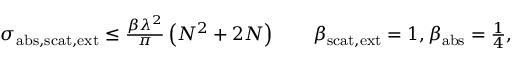
\begin{array} { r } { \sigma _ { \mathrm { a b s , s c a t , e x t } } \leq \frac { \beta \lambda ^ { 2 } } { \pi } \left( N ^ { 2 } + 2 N \right) \qquad \beta _ { \mathrm { s c a t , e x t } } = 1 , \beta _ { \mathrm { a b s } } = \frac { 1 } { 4 } , } \end{array}